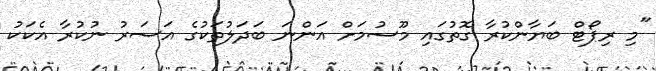
"މި ރިޕޯޓް ބަޔާންކުރާ ގޮތުގައި މޫސުމަށް އަންނަ ބަދަލުތަކުގެ އަސަރު ނުކުރާ އެކަކު